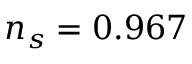
n _ { s } = 0 . 9 6 7